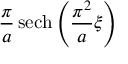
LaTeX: { \frac { \pi } { a } } \operatorname { s e c h } \left( { \frac { \pi ^ { 2 } } { a } } \xi \right)